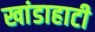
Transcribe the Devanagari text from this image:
खांडाहाटी